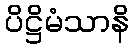
ပိဋ္ဌိမံသာနိ